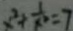
x ^ { 2 } + \frac { 1 } { x ^ { 2 } } = 7